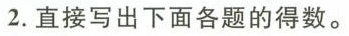
2.直接写出下面各题的得数。